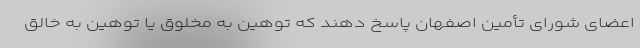
اعضای شورای تأمین اصفهان پاسخ دهند که توهین به مخلوق یا توهین به خالق